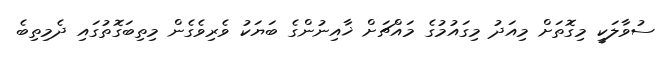
ސުވާލަކީ މިގޮތަށް މިއަދު މިގައުމުގެ މައްޗަށް ޚާއިނުންގެ ބަޔަކު ވެރިވެގެން މިތިބަގޮތުގައި ދެމިތިބެ